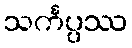
သင်္ကပ္ပဿ